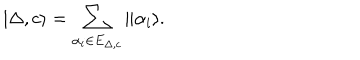
| \Delta , c \rangle = \sum _ { \alpha _ { i } \in E _ { \Delta , c } } \| \alpha _ { i } \rangle .